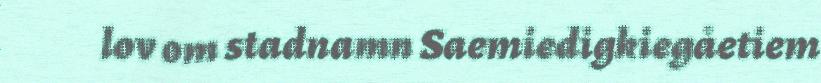
lov om stadnamn Saemiedigkiegåetiem